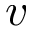
v